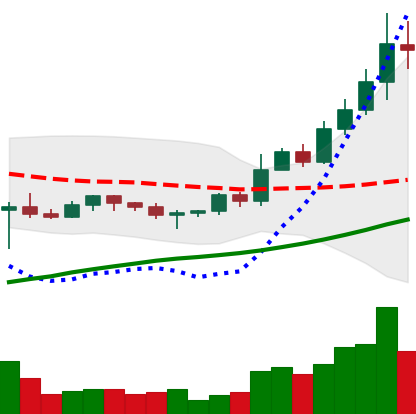
Ticker: BNB-USD
Chart end date: 2022-11-01
Forward return: 4.563%
Label: up_3_5